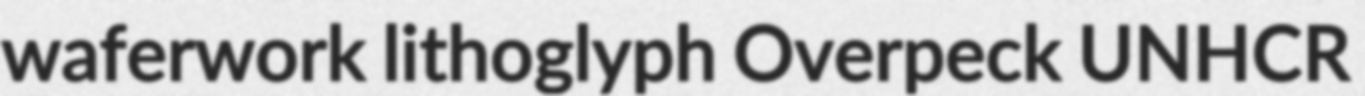
waferwork lithoglyph Overpeck UNHCR